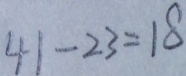
4 1 - 2 3 = 1 8